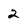
Character: 2